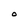
Character: O